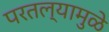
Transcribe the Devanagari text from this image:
परतल्यामुळे